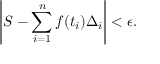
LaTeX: \left| S - \sum _ { i = 1 } ^ { n } f ( t _ { i } ) \Delta _ { i } \right| < \epsilon .